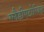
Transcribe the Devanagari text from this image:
ग्लैडीएटोरियम